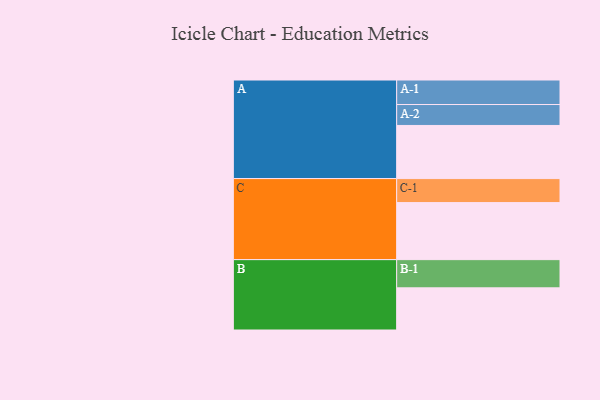
{"axis": {"x": "Segment", "y": "Value"}, "legend": ["", "A", "B", "C"], "data": [{"x": "A", "y": 533, "type": ""}, {"x": "B", "y": 423, "type": ""}, {"x": "C", "y": 572, "type": ""}, {"x": "A-1", "y": 246, "type": "A"}, {"x": "A-2", "y": 210, "type": "A"}, {"x": "B-1", "y": 283, "type": "B"}, {"x": "C-1", "y": 241, "type": "C"}]}